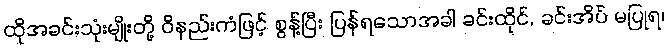
ထိုအခင်းသုံးမျိုးတို့ ဝိနည်းကံဖြင့် စွန့်ပြီး ပြန်ရသောအခါ ခင်းထိုင်, ခင်းအိပ် မပြုရ၊